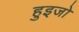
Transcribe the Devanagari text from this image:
हुइजो